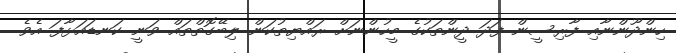
ހިންދޫންނާއި ފާރިސީން ފަދަ ދީންތަކުގެ މީހުންނަށް ރައްޔިތުކަން ލިބޭގޮތްތައް ވަނީ ކަނޑައަޅާފަ އެވެ.